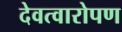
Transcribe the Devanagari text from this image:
देवत्वारोपण